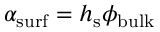
\alpha _ { \mathrm { s u r f } } = h _ { \mathrm { s } } \phi _ { \mathrm { b u l k } }